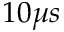
1 0 \mu s